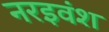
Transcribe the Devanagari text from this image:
नरइवंश